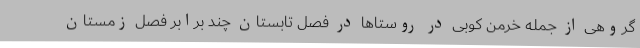
گروهی از جمله خرمن کوبی در روستاها در فصل تابستان چند برابر فصل زمستان